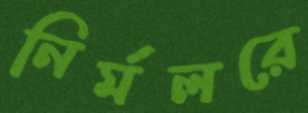
নির্মলরে